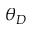
\theta _ { D }